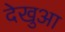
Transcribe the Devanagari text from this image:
देखुआ